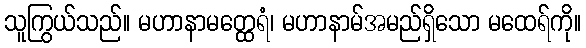
သူကြွယ်သည်။ မဟာနာမတ္ထေရံ၊ မဟာနာမ်အမည်ရှိသော မထေရ်ကို။